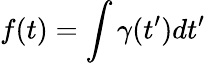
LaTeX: f(t)=\int\gamma(t^{\prime})dt^{\prime}